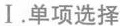
Ⅰ.单项选择